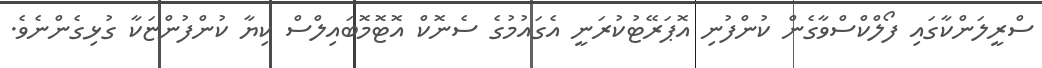
ސްރީލަންކާގައި ފޯލްކްސްވާގެން ކުންފުނި އޮޕަރޭޓުކުރަނީ އެގައުމުގެ ސެނޮކް އޮޓޮމޮބައިލްސް ކިޔާ ކުންފުންޏަކާ ގުޅިގެންނެވެ.